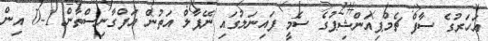
އަހަރުގެ ސާފް ޗެމްޕިއަންޝިޕުގެ ސެމީ ފައިނަލުގައި ނޭޕާލް އަތުން އަފްގާނިސްތާން 1-0 އިން